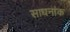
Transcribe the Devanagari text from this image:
साधनांक